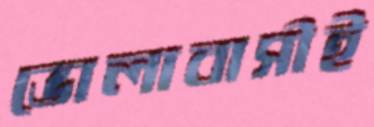
ভোলাবাসীই